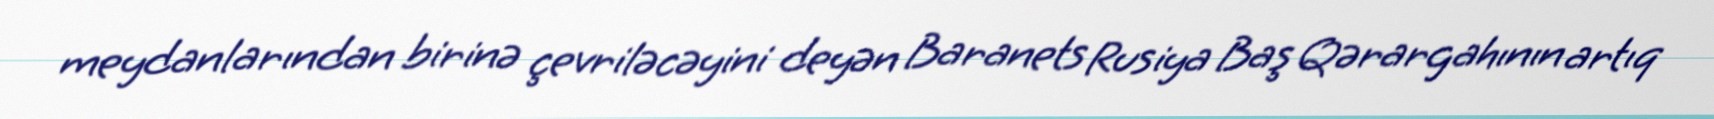
meydanlarından birinə çevriləcəyini deyən Baranets Rusiya Baş Qərargahının artıq